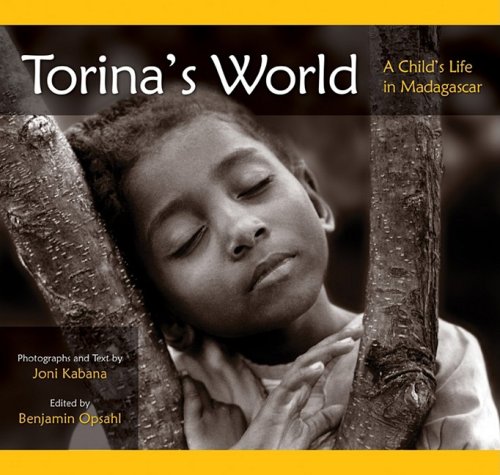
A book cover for Torina's World: A Child's Life in Madagascar; Joni Kabana; Children's Books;